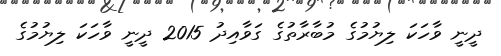
ދީނީ ވާހަކަ ލިޔުމުގެ މުބާރާތުގެ ގަވާއިދު 2015 ދީނީ ވާހަކަ ލިޔުމުގެ